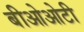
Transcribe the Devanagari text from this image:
बीओओटी